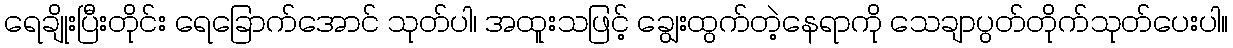
ရေချိုးပြီးတိုင်း ရေခြောက်အောင် သုတ်ပါ၊ အထူးသဖြင့် ချွေးထွက်တဲ့နေရာကို သေချာပွတ်တိုက်သုတ်ပေးပါ။